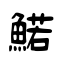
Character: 鰙